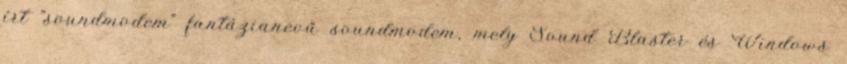
írt "soundmodem" fantázianevű soundmodem, mely Sound Blaster és Windows